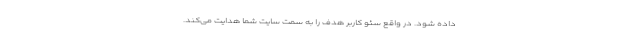
داده شود. در واقع سئو کاربر هدف را به سمت سایت شما هدایت می‌کند.